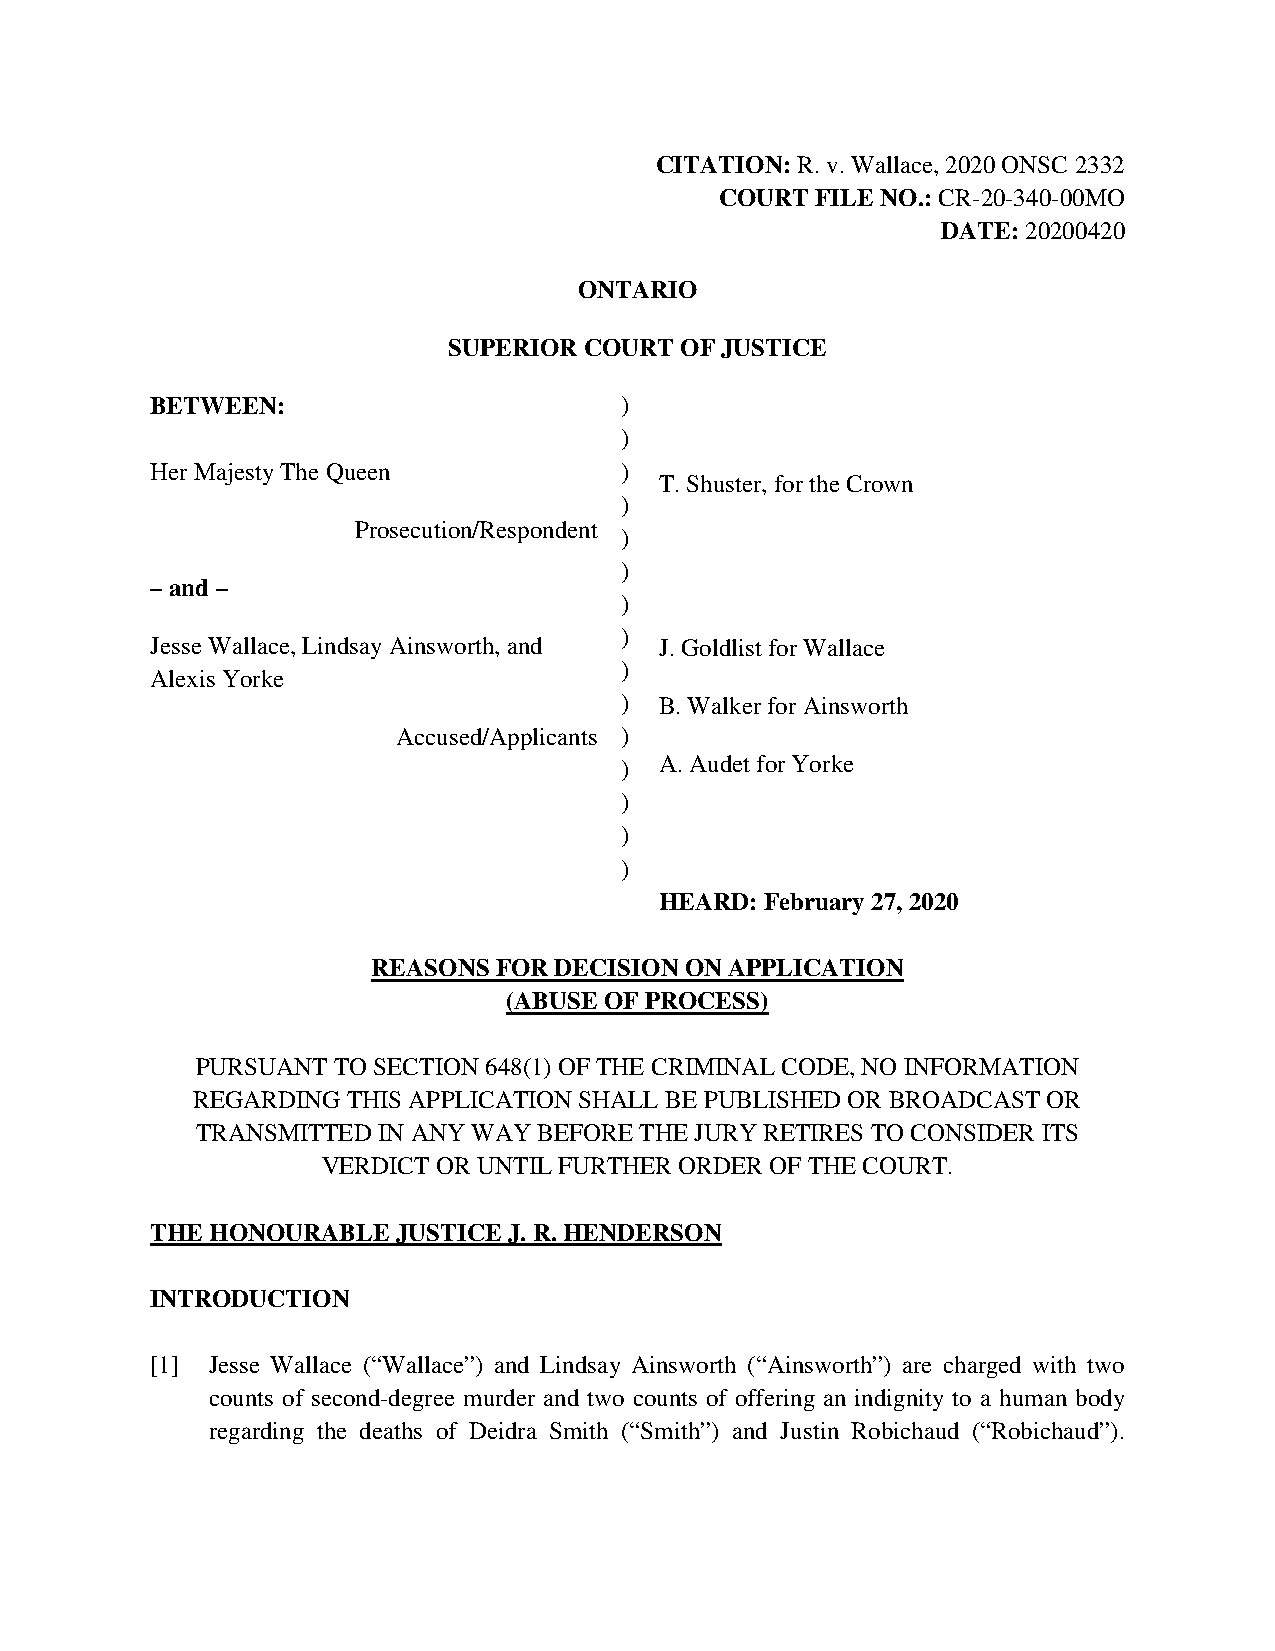
CITATION: R. v. Wallace, 2020 ONSC 2332
 COURT FILE NO.: CR-20-340-00MO
 DATE: 20200420
 ONTARIO
 SUPERIOR COURT OF JUSTICE
 BETWEEN:                       )
 )
 Her Majesty The Queen          )
 T. Shuster, for the Crown
 )
 Prosecution/Respondent
 )
 )
 – and –
 )
 )
 Jesse Wallace, Lindsay Ainsworth, and J. Goldlist for Wallace
 )
 Alexis Yorke
 )  B. Walker for Ainsworth
 Accused/Applicants )
 )  A. Audet for Yorke
 )
 )
 )
 HEARD: February 27, 2020
 REASONS FOR DECISION ON APPLICATION
 (ABUSE OF PROCESS)
 PURSUANT TO SECTION 648(1) OF THE CRIMINAL CODE, NO INFORMATION
 REGARDING THIS APPLICATION SHALL BE PUBLISHED OR BROADCAST OR
 TRANSMITTED IN ANY WAY BEFORE THE JURY RETIRES TO CONSIDER ITS
 VERDICT OR UNTIL FURTHER ORDER OF THE COURT.
 THE HONOURABLE  JUSTICE J. R. HENDERSON
 INTRODUCTION
 [1] Jesse Wallace (“Wallace”) and Lindsay Ainsworth (“Ainsworth”) are charged with two
 counts of second-degree murder and two counts of offering an indignity to a human body
 regarding the deaths of Deidra Smith (“Smith”) and Justin Robichaud (“Robichaud”).